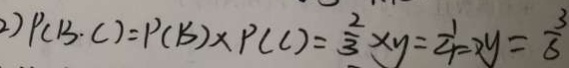
2 ) P ( B \cdot C ) = P ( B ) \times P ( C ) = \frac { 2 } { 3 } \times y = \frac { 1 } { 4 } \Rightarrow y = \frac { 3 } { 8 }